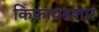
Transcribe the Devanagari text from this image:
किफ़ायतशार